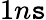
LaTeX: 1n\mathtt{s}